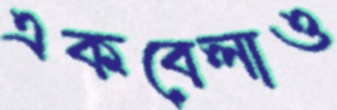
একবেলাও